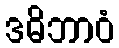
ဒဓိဘာဝံ